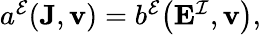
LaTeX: \begin{array}{r}{a^{\mathcal{E}}(\mathbf{J},\mathbf{v})=b^{\mathcal{E}}\big(\mathbf{E}^{\mathcal{I}},\mathbf{v}\big),}\end{array}